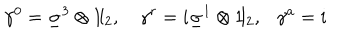
\gamma ^ { 0 } = \underline { { { \sigma } } } ^ { 3 } \otimes 1 \! \mathrm { l } _ { 2 } , \gamma ^ { r } = i \underline { { { \sigma } } } ^ { 1 } \otimes 1 \! \mathrm { l } _ { 2 } , \ \ \ \gamma ^ { a } = i